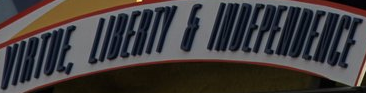
VIRTUE, LIBERTY & INDEPENDENCE